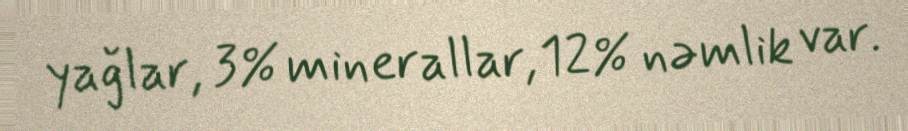
yağlar, 3% minerallar, 12% nəmlik var.